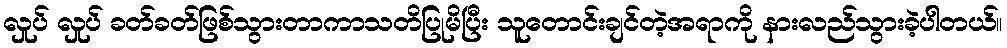
လှုပ် လှုပ် ခတ်ခတ်ဖြစ်သွားတာကာသတိပြုမိပြီး သူတောင်းချင်တဲ့အရာကို နားလည်သွားခဲ့ပါတယ်။